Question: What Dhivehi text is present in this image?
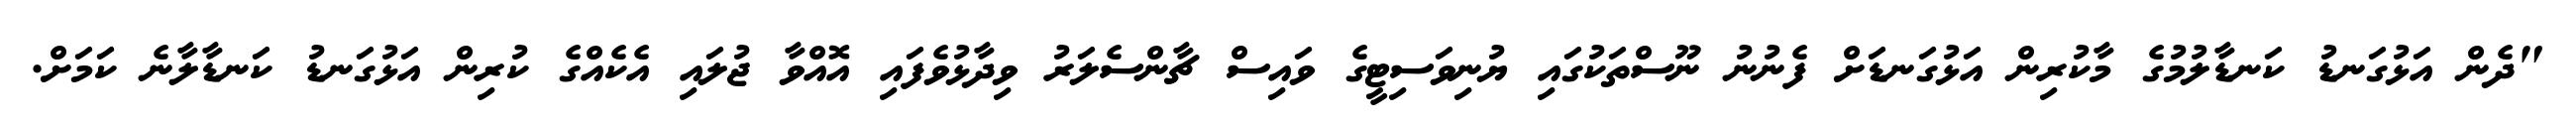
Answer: "ދެން އަޅުގަނޑު ކަނޑާލުމުގެ މާކުރިން އަޅުގަނޑަށް ފެނުނު ނޫސްތަކުގައި ޔުނިވަސިޓީގެ ވައިސް ޗާންސެލަރު ވިދާޅުވެފައި އޮއްވާ ޖުލައި އެކެއްގެ ކުރިން އަޅުގަނޑު ކަނޑާލާނެ ކަމަށް.